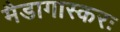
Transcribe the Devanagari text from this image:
मैडागास्करः